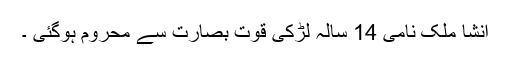
انشا ملک نامی 14 سالہ لڑکی قوت بصارت سے محروم ہوگئی ۔